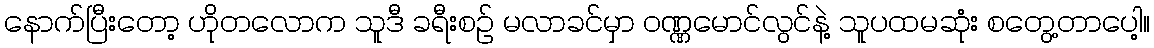
နောက်ပြီးတော့ ဟိုတလောက သူဒီ ခရီးစဉ် မလာခင်မှာ ဝဏ္ဏမောင်လွင်နဲ့ သူပထမဆုံး စတွေ့တာပေါ့။